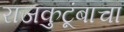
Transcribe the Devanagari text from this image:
राजकुटूंबाचा